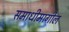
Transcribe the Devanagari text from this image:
समाधीमागील